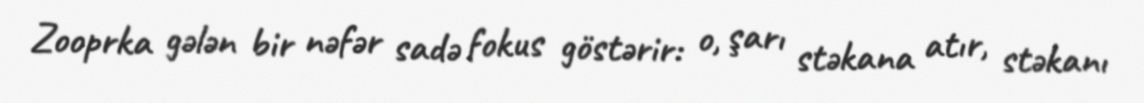
Zooprka gələn bir nəfər sadə fokus göstərir: o, şarı stəkana atır, stəkanı